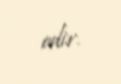
edir.